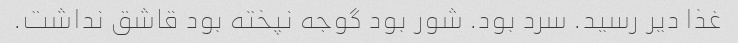
غذا دیر رسید. سرد بود. شور بود گوجه نپخته بود قاشق نداشت.